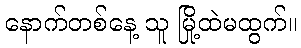
နောက်တစ်နေ့ သူ မြို့ထဲမထွက်။